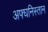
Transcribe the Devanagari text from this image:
अफ्घनिस्तान